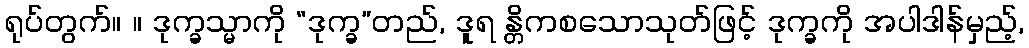
ရုပ်တွက်။ ။ ဒုက္ခသ္မာကို “ဒုက္ခ”တည်, ဒူရ န္တိကစသောသုတ်ဖြင့် ဒုက္ခကို အပါဒါန်မှည့်,